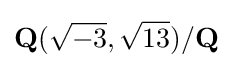
{\mathbf {Q} }({\sqrt {-3}},{\sqrt {13}})/{\mathbf {Q} }